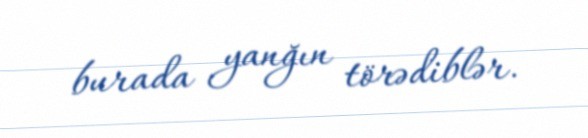
burada yanğın törədiblər.